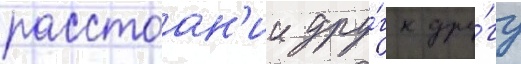
расстоан'ии дру́г к дру́гу